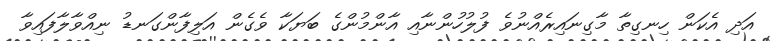
އަދި އެކަން ހިނގިތާ މާގިނައިރެއްނުވެ ފުލުހުންނާއި އާންމުންގެ ބަޔަކާ ވެގެން އަލިފާންގަނޑު ނިއްވާލާފައިވާ